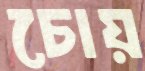
চোয়